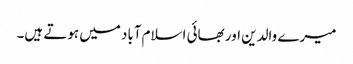
میرے والدین اور بھائی اسلام‌آباد میں ہوتے ہیں۔